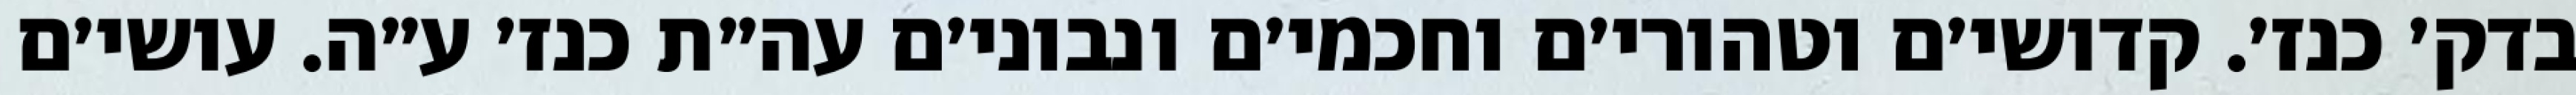
בדק׳ כנז׳. קדושי׳ם וטהורי׳ם וחכמי׳ם ונבוני׳ם עה״ת כנז׳ ע״ה. עושי׳ם